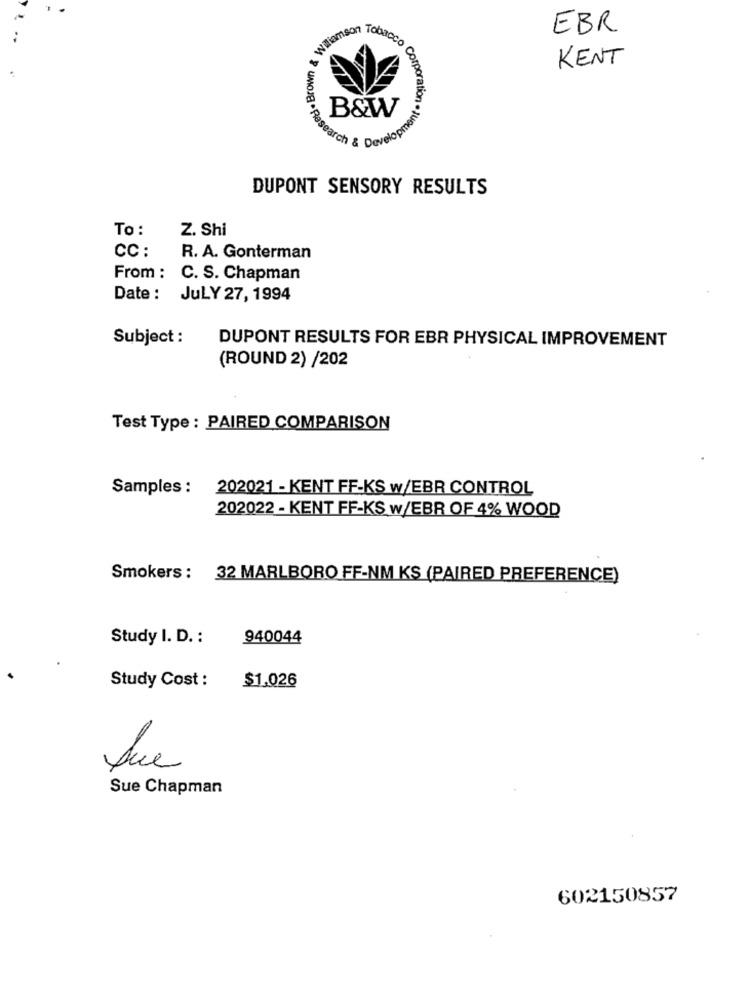
EBR
Willa
Tobacco
KENT
Corp
oment
B&W
search & Develop
DUPONT SENSORY RESULTS
To :
Z. Shi
CC :
R. A. Gonterman
From : C. S. Chapman
Date: JULY 27, 1994
Subject :
DUPONT RESULTS FOR EBR PHYSICAL IMPROVEMENT
(ROUND 2) /202
Test Type : PAIRED COMPARISON
Samples : 202021 - KENT FF-KS w/EBR CONTROL
202022 - KENT FF-KS w/EBR OF 4% WOOD
Smokers : 32 MARLBORO FF-NM KS (PAIRED PREFERENCE)
Study I. D. :
940044
Study Cost :
$1.026
Que
Sue Chapman
602150857